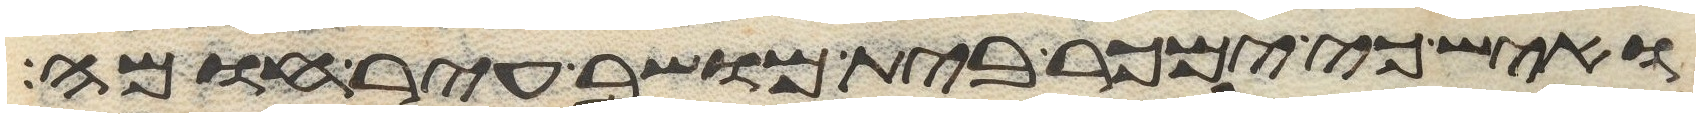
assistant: ואיש כי ימכר בית מושב עיר חומה